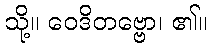
သို့။ ဝေဒိတဗ္ဗော၊ ၏။